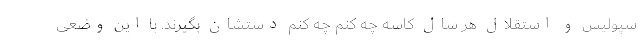
سپولیس و استقلال هر سال کاسه چه کنم چه کنم دستشان بگیرند. با این وضعی